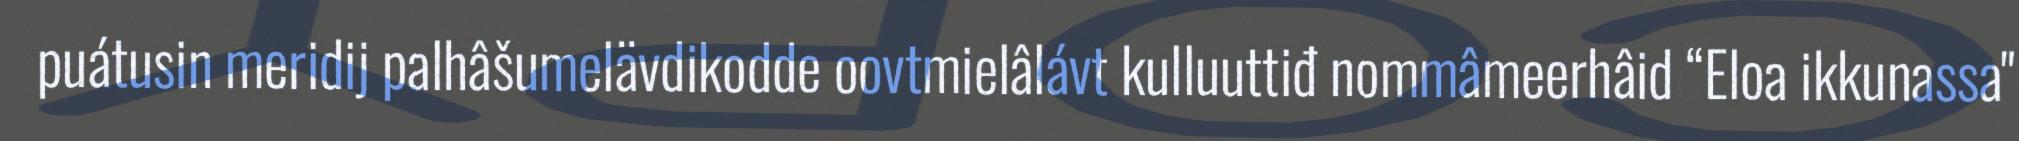
puátusin meridij palhâšumelävdikodde oovtmielâlávt kulluuttiđ nommâmeerhâid “Eloa ikkunassa"